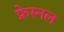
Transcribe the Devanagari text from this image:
फ्रेस्नल